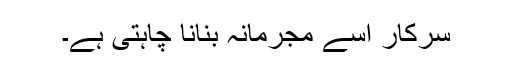
سرکار اسے مجرمانہ بنانا چاہتی ہے۔